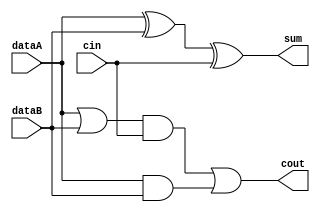
module fa( dataA, dataB, cin, sum, cout ) ;

input dataA, dataB, cin ;
output sum, cout ;
wire w1, w2, w3, w4 ;

// sum
xor( w1, dataA, dataB ) ;
xor( sum, w1, cin ) ;

// cout 
or( w2, dataA, dataB ) ;
and( w3, w2, cin ) ;
and( w4, dataA, dataB ) ;
or( cout, w3, w4 ) ;

endmodule